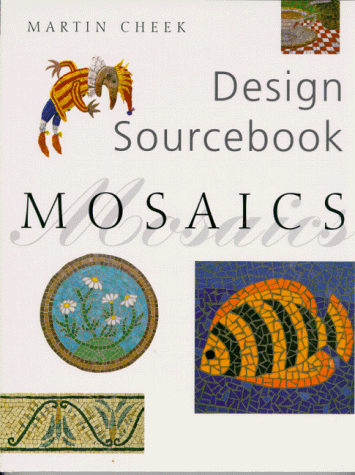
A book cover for Mosaics: Design Sourcebook; Martin Cheek; Crafts, Hobbies & Home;